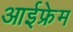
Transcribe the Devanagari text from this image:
आईफ्रेम